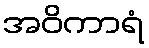
အဝိကာရံ